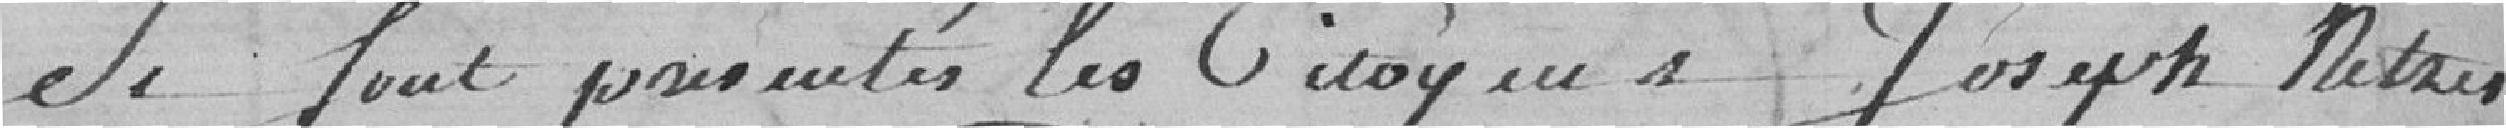
de tout présenter les Citoyens Joseph Metzer ,